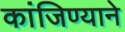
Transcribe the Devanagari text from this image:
कांजिण्याने